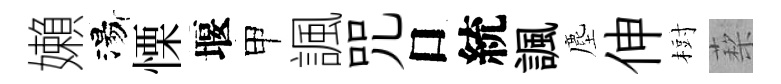
嬾湯慄堰甲諷咒口統諷塵伸𣗳蔾